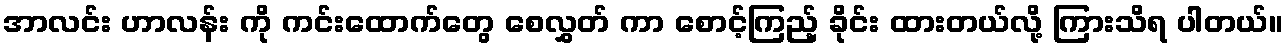
အာလင်း ဟာလန်း ကို ကင်းထောက်တွေ စေလွှတ် ကာ စောင့်ကြည့် ခိုင်း ထားတယ်လို့ ကြားသိရ ပါတယ်။